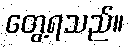
တွေ့ရသည်။